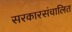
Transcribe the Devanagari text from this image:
सरकारसंचालित